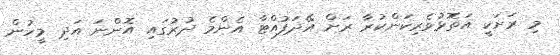
މި ރަށަކީ އަތޮޅުވެރިކަންކުރާ ރަށް އޭދަފުއްޓާ އެންމެ ދުރުގައި އޮންނަ އަދި މީހުން